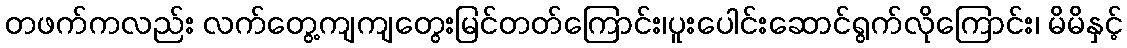
တဖက်ကလည်း လက်တွေ့ကျကျတွေးမြင်တတ်ကြောင်း၊ပူးပေါင်းဆောင်ရွက်လိုကြောင်း၊ မိမိနှင့်